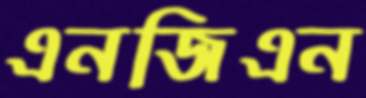
এনজিএন